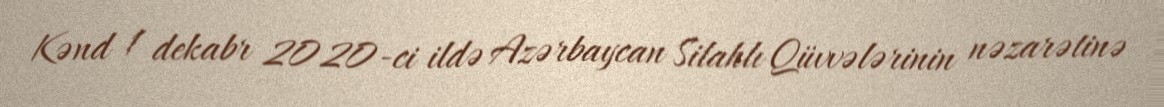
Kənd 1 dekabr 2020-ci ildə Azərbaycan Silahlı Qüvvələrinin nəzarətinə